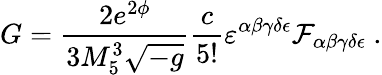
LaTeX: G={\frac{2e^{2\phi}}{3M_{5}^{3}\sqrt{-g}}}{\frac{c}{5!}}\varepsilon^{\alpha\beta\gamma\delta\epsilon}{\cal F}_{\alpha\beta\gamma\delta\epsilon}\ .